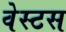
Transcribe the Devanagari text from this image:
वेस्टस